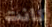
كانت